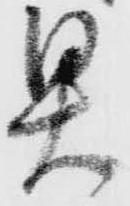
具